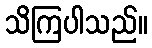
သိကြပါသည်။